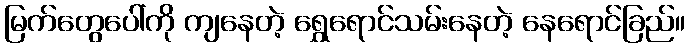
မြက်တွေပေါ်ကို ကျနေတဲ့ ရွှေရောင်သမ်းနေတဲ့ နေရောင်ခြည်။